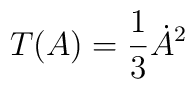
T (A) = {1\over 3} \dot{A}^2